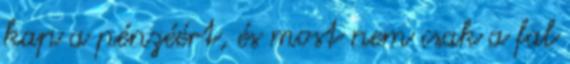
kap a pénzéért, és most nem csak a fal